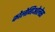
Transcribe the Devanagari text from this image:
कोलेगिओलेस